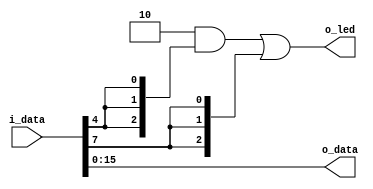
`timescale 1 ns / 1 ns


module data_control(i_data, o_data, o_led);
   input [23:0]  i_data;
   output [15:0] o_data;
   reg [15:0]    o_data;
   output [2:0]  o_led;

   always @(*)
      begin
         o_data[15:12] <= i_data[15:12];
         o_data[11:8] <= i_data[11:8];
         o_data[7:4] <= i_data[7:4];
         o_data[3:0] <= i_data[3:0];
      end
   
   assign o_led[2:0] = ((3'b010) & {i_data[4], i_data[4], i_data[4]}) | {i_data[7], i_data[7], i_data[7]};
   
endmodule